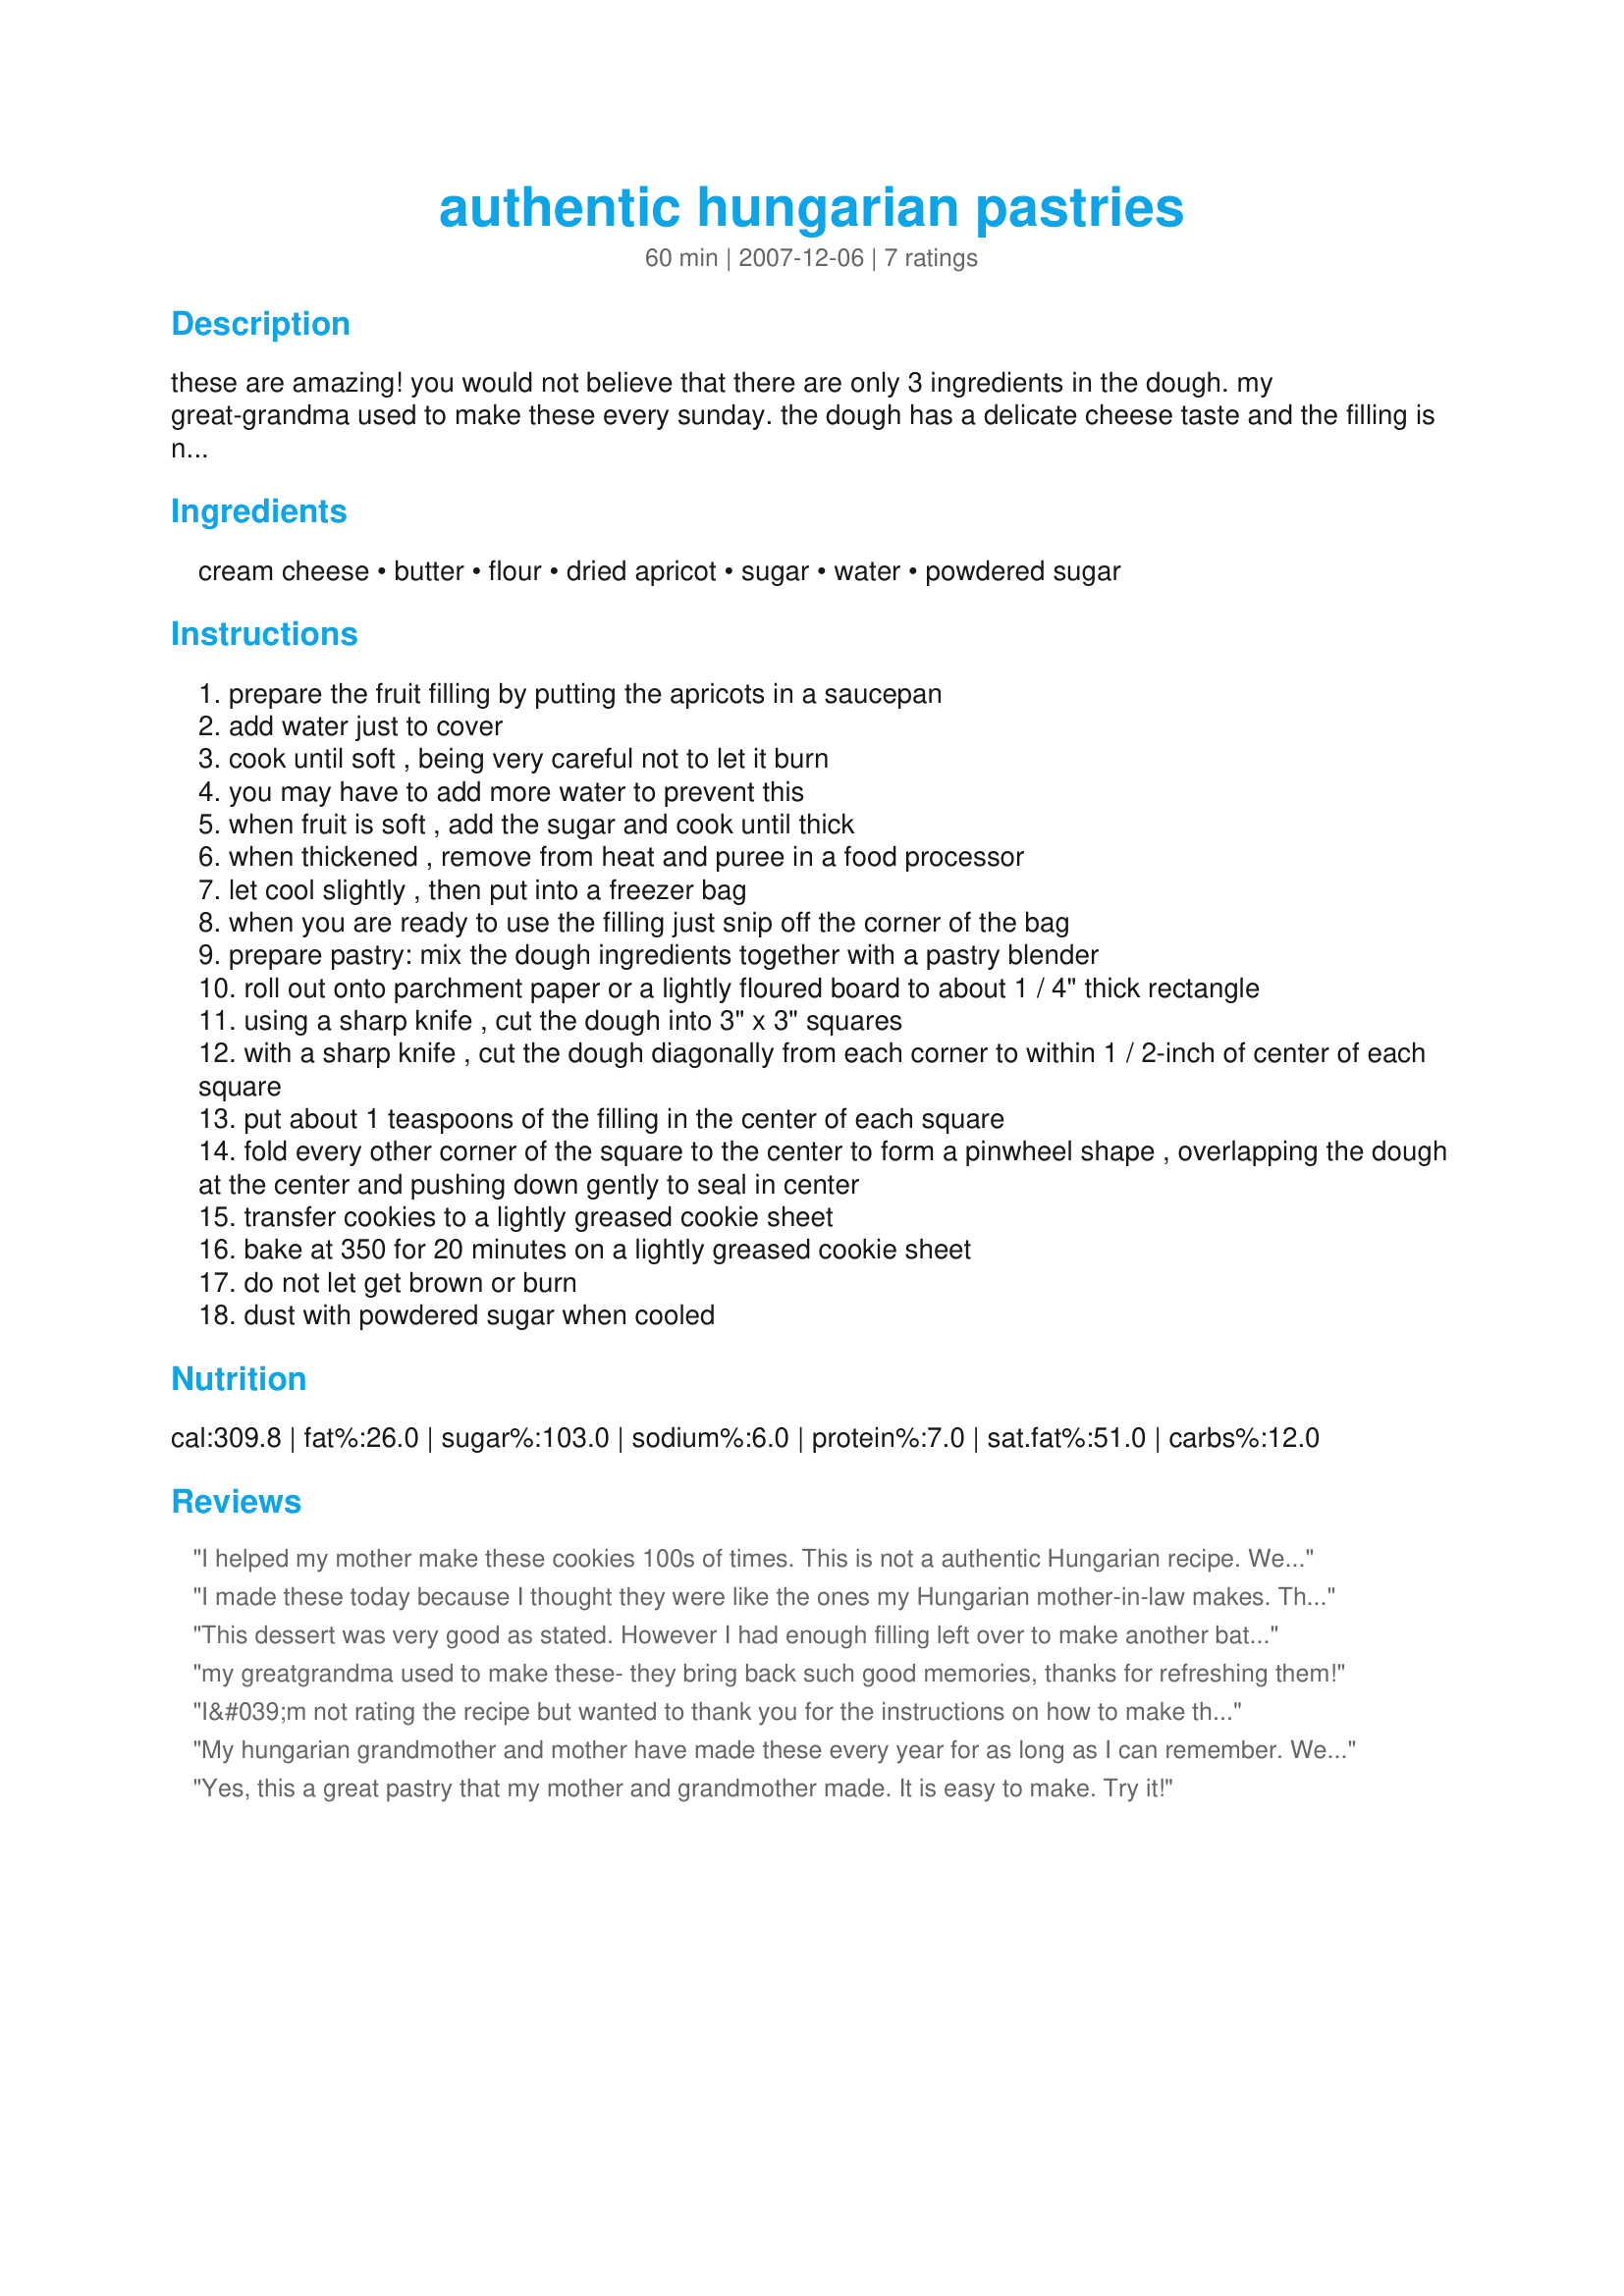
authentic hungarian pastries
Preparation time: 60 minutes

these are amazing! you would not believe that there are only 3 ingredients in the dough. my great-grandma used to make these every sunday. the dough has a delicate cheese taste and the filling is nice and tart. they also have a beautiful presentation! i've never paid attention to how many cookies it makes or how much time it takes so that is a guess. i know it looks like a lot of steps, but it is not hard to do.

Ingredients:
cream cheese, butter, flour, dried apricot, sugar, water, powdered sugar

Steps:
prepare the fruit filling by putting the apricots in a saucepan
add water just to cover
cook until soft , being very careful not to let it burn
you may have to add more water to prevent this
when fruit is soft , add the sugar and cook until thick
when thickened , remove from heat and puree in a food processor
let cool slightly , then put into a freezer bag
when you are ready to use the filling just snip off the corner of the bag
prepare pastry: mix the dough ingredients together with a pastry blender
roll out onto parchment paper or a lightly floured board to about 1 / 4" thick rectangle
using a sharp knife , cut the dough into 3" x 3" squares
with a sharp knife , cut the dough diagonally from each corner to within 1 / 2-inch of center of each square
put about 1 teaspoons of the filling in the center of each square
fold every other corner of the square to the center to form a pinwheel shape , overlapping the dough at the center and pushing down gently to seal in center
transfer cookies to a lightly greased cookie sheet
bake at 350 for 20 minutes on a lightly greased cookie sheet
do not let get brown or burn
dust with powdered sugar when cooled

Reviews:
I helped my mother make these cookies 100s of times. This is not a authentic Hungarian recipe. We never used cream cheese we used butter. To make a flaky dough we would roll out the dough, lather it with crisco kneed then fold it over cover and refrigerate till firm and repeat the steps 4-5 times, this makes a delicious flakey pastry. Hungarians did not use cream cheese! They didn&#039;t have it. All butter. Try it you will love it.
I made these today because I thought they were like the ones my Hungarian mother-in-law makes. They were just ok. Way toooo greasy. I think there may be a mistake in the amount of cream cheese. 16 ounces seems like way too much for the amount of flour. I have noticed similar recipes using just two 6 oz. pkgs. Could this be a typo?
This dessert was very good as stated. However I had enough filling left over to make another batch. The second time I added 1/4 cup sugar to the dough, and they were spectacular. That little extra sugar really made the cream cheese pop. Thanks for the post.
my greatgrandma used to make these- they bring back such good memories, thanks for refreshing them!
I&#039;m not rating the recipe but wanted to thank you for the instructions on how to make them into pinwheels! I have a recipe for Kolacky, which I believe these are, except it uses half the amount of cream cheese listed on this recipe. Everything else is the same. Maybe that&#039;s the reason one of the reviewers here had a problem? Also, anyone who&#039;s wondering: there&#039;s no sugar in the dough because the sweetness comes from the filling and the powdered sugar sprinkled on top after baking. Anyway, I made my Kolackys yesterday and made some into pinwheels per your instructions and they&#039;re gorgeous! Thank you!
My hungarian grandmother and mother have made these every year for as long as I can remember. We call them Kipfle (Kif-lee). We also sprinkle them in powdered sugar when they're cooked. Wonderful, wonderful recipe!
Yes, this a great pastry that my mother and grandmother made. It is easy to make. Try it!
